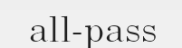
all-pass